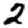
Digit: 2